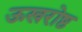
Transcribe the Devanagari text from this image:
ऊखरोष्ठ